system: You are a helpful assistant.
user:
Analyze the provided spectrum to determine if it is a **Carbon Star (C-type)**.

- **Key Visual Indicators of Carbon Star:**
    - **(Primary):** Strong molecular absorption from **C₂ (diatomic carbon) "Swan Bands."** This is the **defining feature** of a carbon star.
        - **(Key Bandheads):** Sharp absorption edges are visible at approximately $5635$ Å, $5165$ Å (the strongest band), and $4737$ Å.
        - **(Line Profile):** Creates a distinct **"saw-tooth"** pattern. The key morphology is a sharp, steep bandhead on the **red (long-wavelength) side**, which then gradually tapers off (i.e., flux recovers) towards the **blue (short-wavelength) side**. *(This is the direct opposite of the TiO bands seen in M-type stars)*.

    - **(Secondary):** Intense **CN (cyanogen)** molecular absorption bands.
        - **(Key Bandheads):** Located in the blue and violet regions of the spectrum (e.g., near $4215$ Å and $3883$ Å).
        - **(Morphology):** These bands are extremely broad and act as a "blanket," absorbing the vast majority of blue and violet light. This creates a characteristic **"cliff"** or **"steep drop-off"** in the spectrum's flux at short wavelengths.

    - **(Key Confirmation):** Strong **CH absorption band (G-band)**.
        - **(Key Bandhead):** Located around $4300$ Å. The contribution from CH molecules to this band is exceptionally strong.

    - **(Overall Spectrum):**
        - The continuum is severely "chopped up" by these deep molecular bands, especially C₂, rather than appearing as a smooth curve.
        - Due to the heavy CN and C₂ absorption in the blue-green, the vast majority of the star's flux is concentrated in the red part of the spectrum, giving the star its characteristic deep red color.

Think first, call **spectral_visualization_tool** if needed to examine features in detail, then provide your final answer. Your response must adhere to the following strict rules:
1.  **Overall Structure:** Your response must follow the format `<think>...</think> <tool_call>...</tool_call> (if a tool is used) <answer>...</answer>`.
2.  **Tool Usage Constraint:** You may only make **one** tool call per turn.
3.  **Final Answer Format:** In the `<answer>` tag, your conclusion must be inside a `\boxed{}` command (e.g., `\boxed{YES}`), followed by your justification.

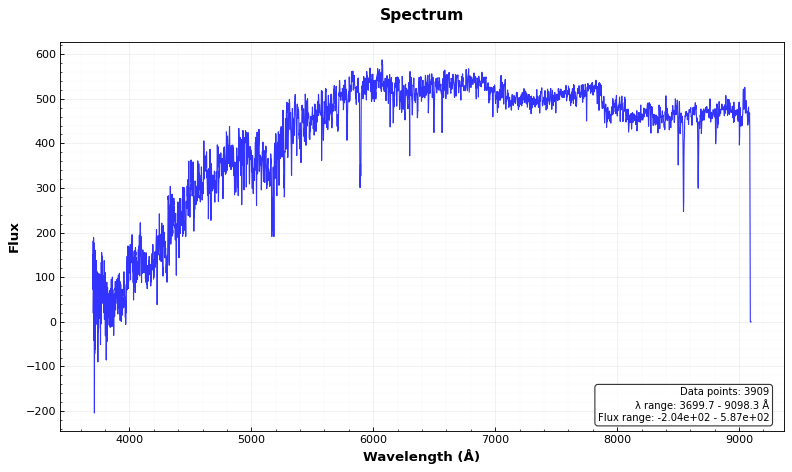
Answer: NO